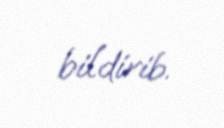
bildirib.